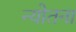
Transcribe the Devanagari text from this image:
न्योतना